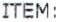
ITEM: